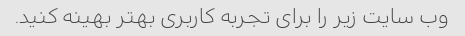
وب سایت زیر را برای تجربه کاربری بهتر بهینه کنید.